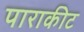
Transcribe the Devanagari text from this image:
पाराकीट